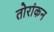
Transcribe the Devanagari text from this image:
तोरांकन